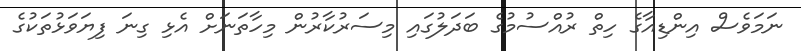
ނަމަވެސް އިންޑިއާގެ ހިތް ރުއްސުމުގެ ބަދަލުގައި މިސަރުކާރުން މިހާތަނަށް އެޅި ގިނަ ފިޔަވަޅުތަކުގެ